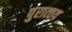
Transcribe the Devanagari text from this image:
पुरात्‍तव